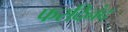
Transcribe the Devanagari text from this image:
फरदिनंद